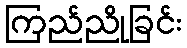
ကြည်ညိုခြင်း